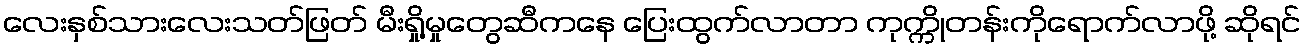
လေးနှစ်သားလေးသတ်ဖြတ် မီးရှို့မှုတွေဆီကနေ ပြေးထွက်လာတာ ကုက္ကိုတန်းကိုရောက်လာဖို့ ဆိုရင်